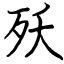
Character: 殀